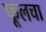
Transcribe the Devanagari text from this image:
फूलचा